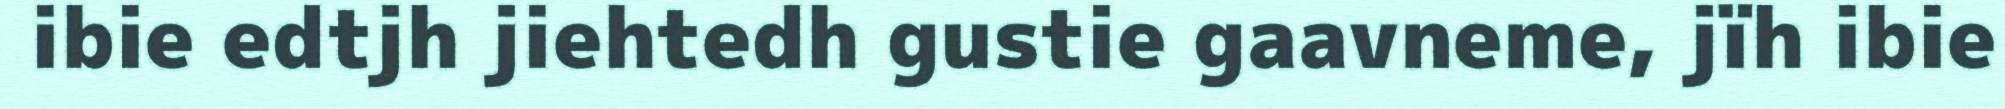
ibie edtjh jiehtedh gustie gaavneme, jïh ibie